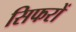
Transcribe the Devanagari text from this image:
सिफरों